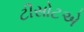
ટીસોટએ